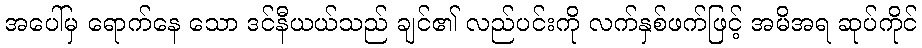
အပေါ်မှ ရောက်နေ သော ဒင်နီယယ်သည် ချင်၏ လည်ပင်းကို လက်နှစ်ဖက်ဖြင့် အမိအရ ဆုပ်ကိုင်